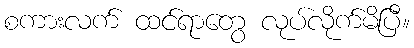
စကားလက် ထင်ရာတွေ လုပ်လိုက်မိပြီ။